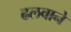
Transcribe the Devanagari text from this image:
ढलवाने